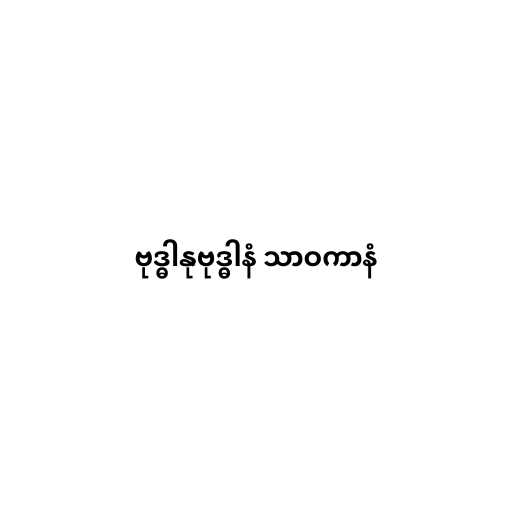
ဗုဒ္ဓါနုဗုဒ္ဓါနံ သာဝကာနံ